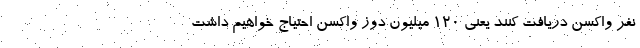
نفر واکسن دریافت کنند یعنی ۱۲۰ میلیون دوز واکسن احتیاج خواهیم داشت